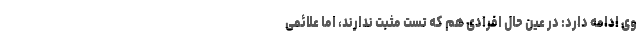
وی ادامه دارد: در عین حال افرادی هم که تست مثبت ندارند، اما علائمی